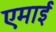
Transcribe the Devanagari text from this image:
एमाई